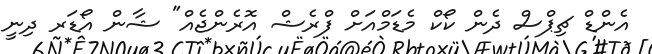
އެންޑް ޗިޕްސް ދެން ކޯކް މެޑަމްއަށް ފްރެޝް އޮރެންޖެއް" ޝާން އޯޑަރ ދިނީ